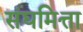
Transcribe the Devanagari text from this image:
संघमित्ता